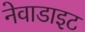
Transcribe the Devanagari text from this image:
नेवाडाइट